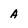
Character: A